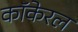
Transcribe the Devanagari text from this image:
कॉकेरल